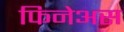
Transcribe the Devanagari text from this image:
फिनेअस